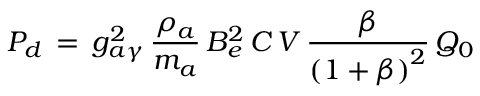
P _ { d } \, = \, g _ { a \gamma } ^ { 2 } \, \frac { \rho _ { a } } { m _ { a } } \, B _ { e } ^ { 2 } \, C \, V \, \frac { \beta } { \left( 1 + \beta \right) ^ { 2 } } \, Q _ { 0 }